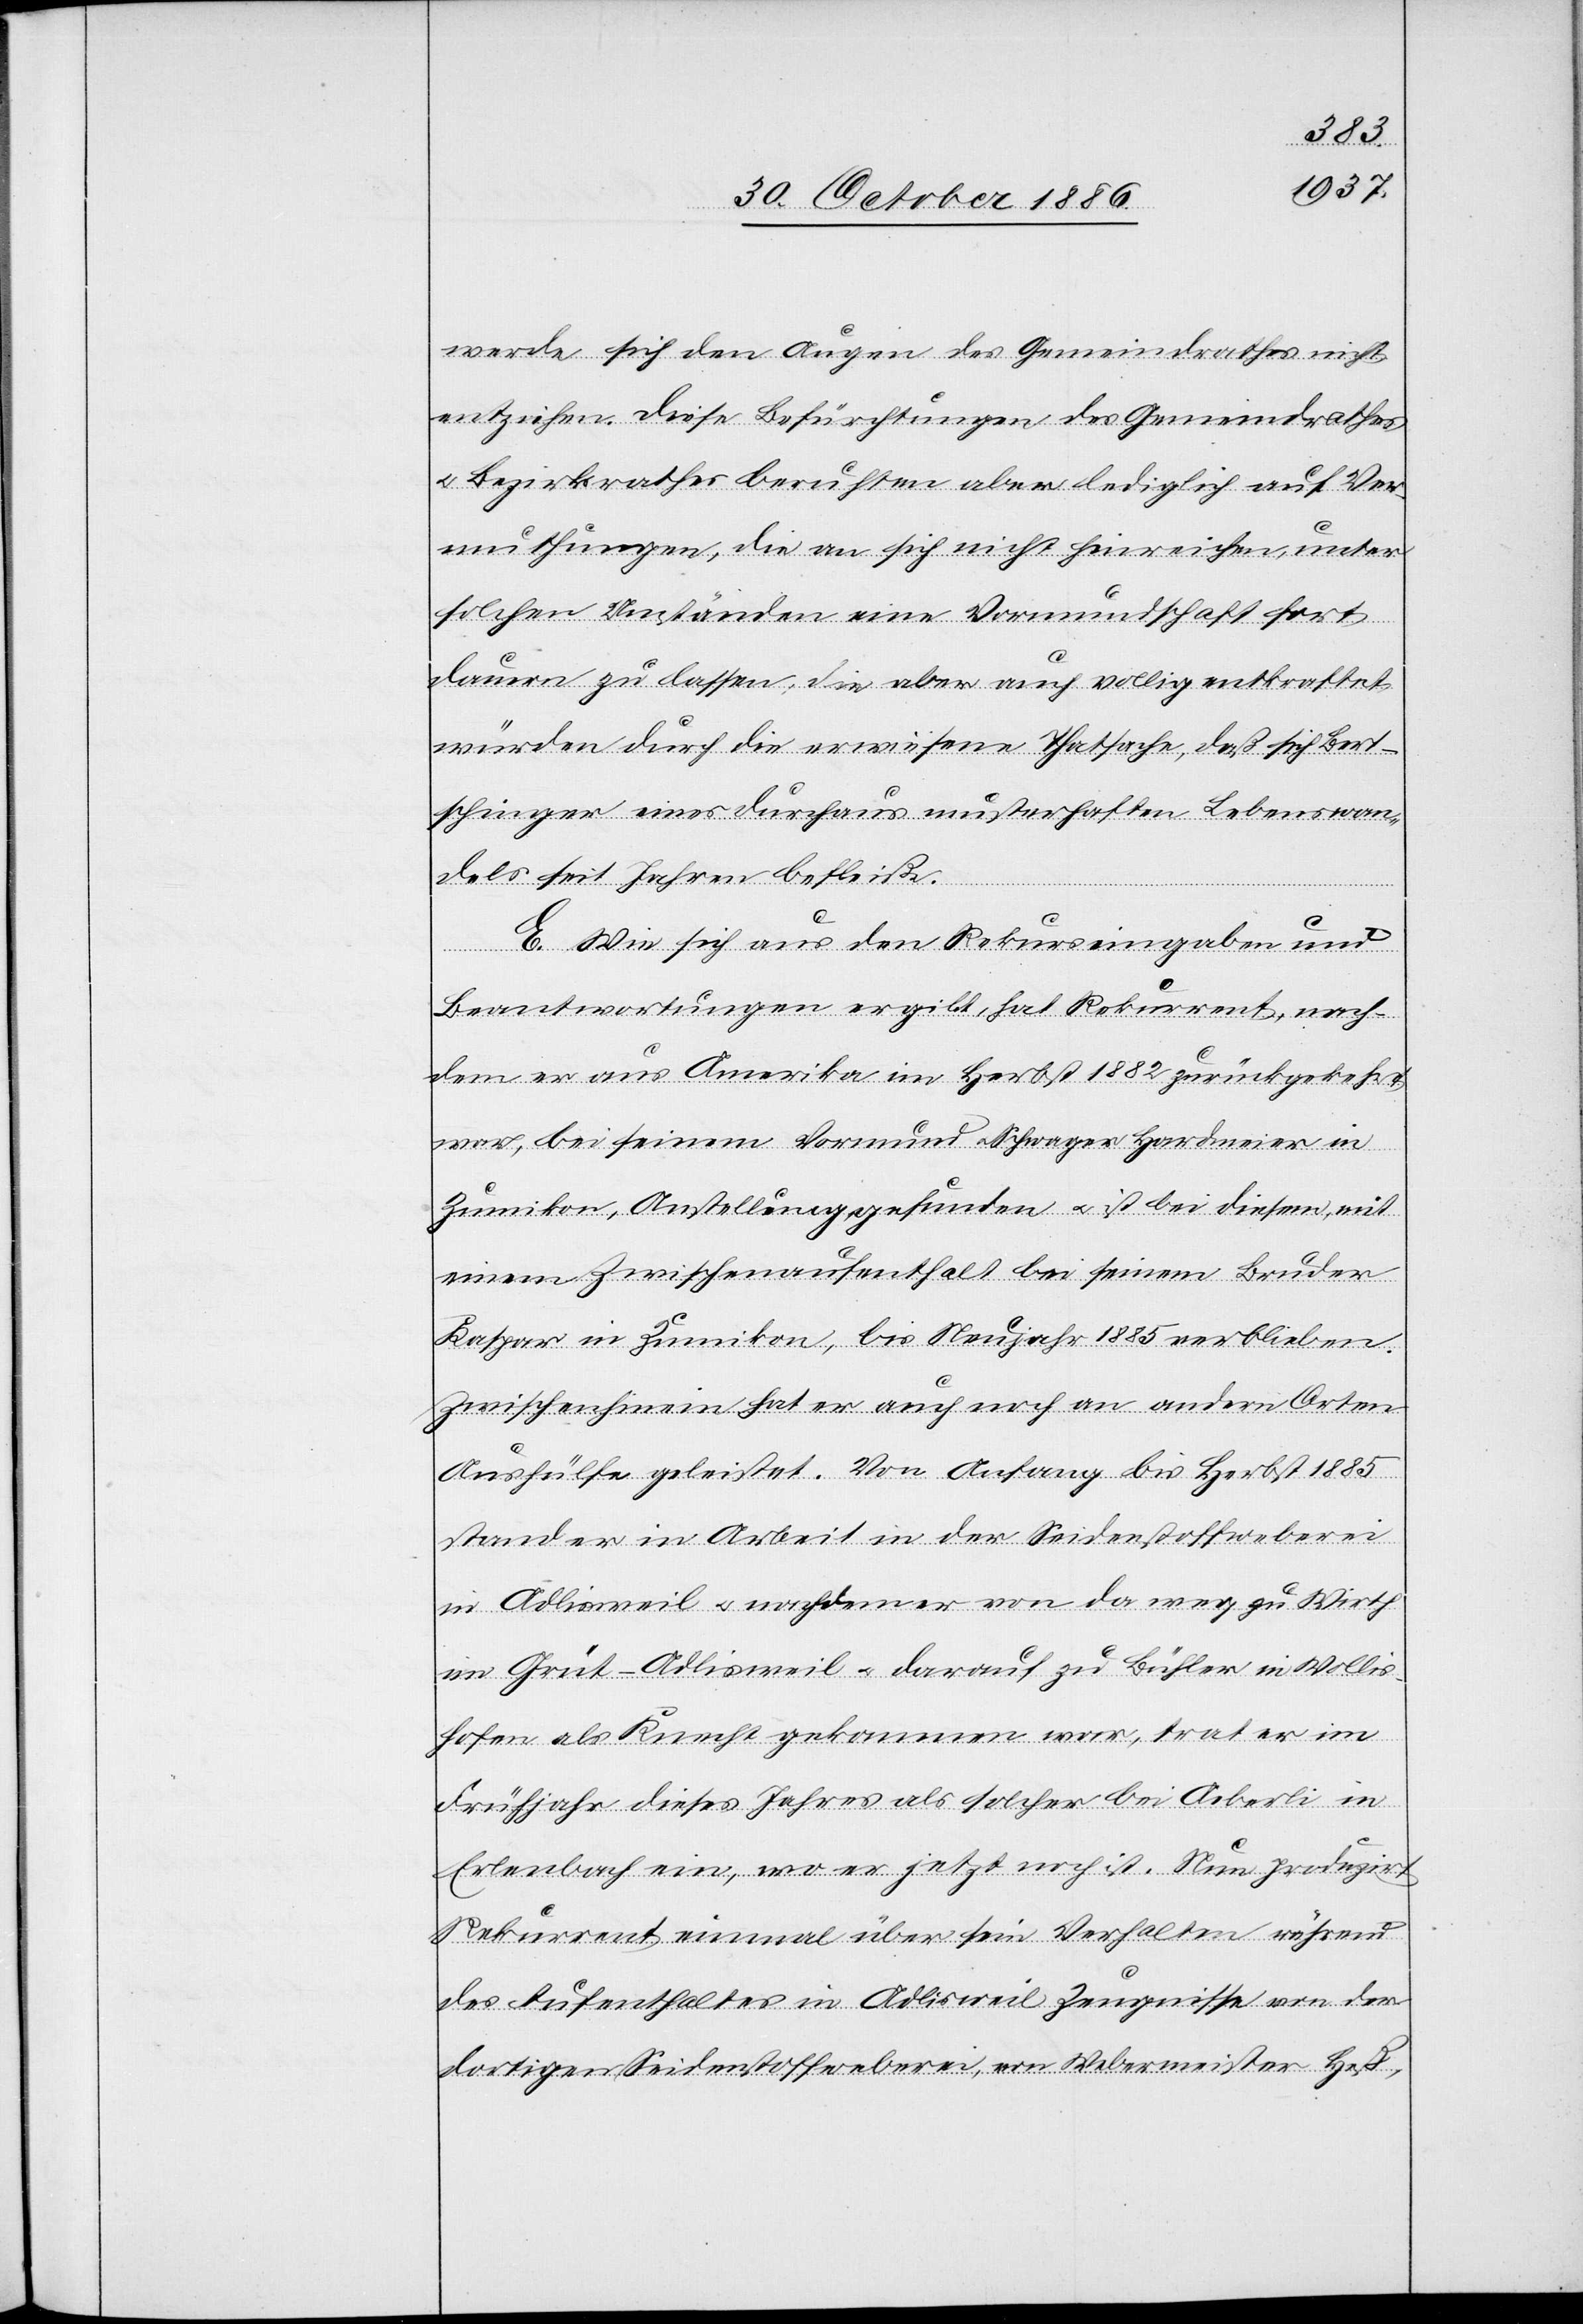
werde sich den Augen des Gemeindrathes nicht
entziehen. Diese Befürchtungen des Gemeindrathes
& Bezirksrathes beruhten aber lediglich auf Ver¬
muthungen, die an sich nicht hinreichen, unter
solchen Umständen eine Vormundschaft fort
dauern zu lassen, die aber auch vollig entkraftet
würden durch die erwiesene Thatsache, daß sich Bert¬
schinger eines durchaus musterhaften Lebenswan¬
dels seit Jahren befleiße.
E. Wie sich aus den Rekurseingaben und
Beantwortungen ergibt, hat Rekurrent, nach¬
dem er aus Amerika im Herbst 1882 zurückgekehrt
war, bei seinem Vormund & Schwager Hardmeier in
Zumikon, Anstellung gefunden & ist bei diesem, mit
einem Zwischenaufenthalt bei seinem Bruder
Kaspar in Zumikon, bis Neujahr 1885 verblieben.
Zwischenhinein hat er auch noch an andern Orten
Aushülfe geleistet. Von Anfang bis Herbst 1885
stand er in Arbeit in der Seidenstoffweberei
in Adlisweil & nachdem er von da weg zu Wirth
im Grüt - Adlisweil & darauf zu Bühler in Wollis¬
hofen als Knecht gekommen war, trat er im
Frühjahr dieses Jahres als solcher bei Aeberli in
Erlenbach ein, wo er jetzt noch ist. Nun produzirt
Rekurrent einmal über sein Verhalten während
des Aufenthaltes in Adlisweil Zeugnisse von der
dortigen Seidenstoffweberei, von Webermeister Heß,